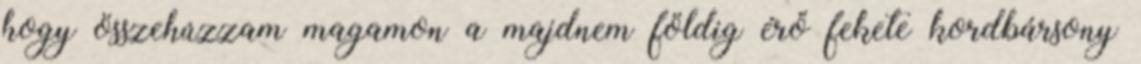
hogy összehúzzam magamon a majdnem földig érő fekete kordbársony